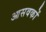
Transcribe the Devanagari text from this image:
आसवकों